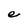
Character: e